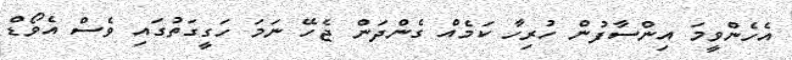
އެހެންވީމަ އިންސާފުން ހުރިހާ ކަމެއް ގެންދަން ޖެހޭ ނަމަ ހަގީގަތުގައި ވެސް އެވޯޑް